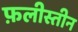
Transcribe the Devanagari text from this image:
फ़लीस्तीन